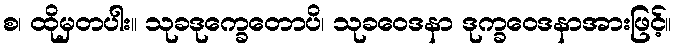
စ၊ ထိုမှတပါး။ သုခဒုက္ခေတောပိ၊ သုခဝေဒနာ ဒုက္ခဝေဒနာအားဖြင့်။